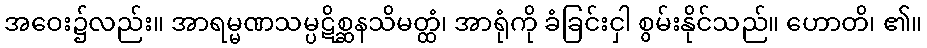
အဝေး၌လည်း။ အာရမ္မဏသမ္ပဋိစ္ဆနသိမတ္ထံ၊ အာရုံကို ခံခြင်းငှါ စွမ်းနိုင်သည်။ ဟောတိ၊ ၏။